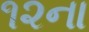
૧૨ના